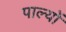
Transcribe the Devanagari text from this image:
पाल्यों